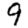
Digit: 9